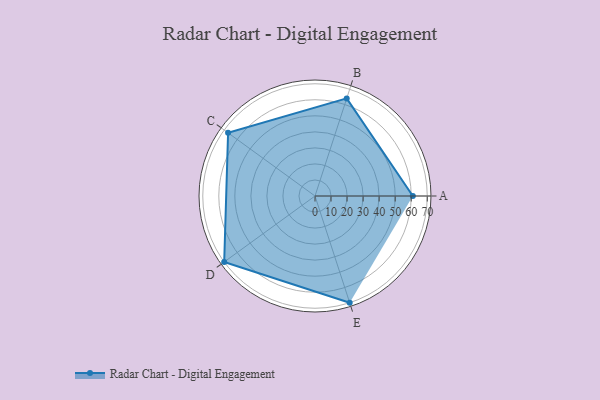
{"axis": {"x": "Skill", "y": "Score"}, "legend": ["Profile"], "data": [{"x": "A", "y": 61.0, "type": "Profile"}, {"x": "B", "y": 64.0, "type": "Profile"}, {"x": "C", "y": 67.0, "type": "Profile"}, {"x": "D", "y": 70.0, "type": "Profile"}, {"x": "E", "y": 70.0, "type": "Profile"}]}